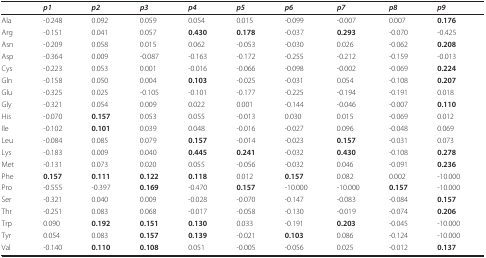
<table><thead><tr><td></td><td><b><i>p1</i></b></td><td><b><i>p2</i></b></td><td><b><i>p3</i></b></td><td><b><i>p4</i></b></td><td><b><i>p5</i></b></td><td><b><i>p6</i></b></td><td><b><i>p7</i></b></td><td><b><i>p8</i></b></td><td><b><i>p9</i></b></td></tr></thead><tbody><tr><td>Ala</td><td>-0.248</td><td>0.092</td><td>0.059</td><td>0.054</td><td>0.015</td><td>-0.099</td><td>-0.007</td><td>0.007</td><td><b>0.176</b></td></tr><tr><td>Arg</td><td>-0.151</td><td>0.041</td><td>0.057</td><td><b>0.430</b></td><td><b>0.178</b></td><td>-0.037</td><td><b>0.293</b></td><td>-0.070</td><td>-0.425</td></tr><tr><td>Asn</td><td>-0.209</td><td>0.058</td><td>0.015</td><td>0.062</td><td>-0.053</td><td>-0.030</td><td>0.026</td><td>-0.062</td><td><b>0.208</b></td></tr><tr><td>Asp</td><td>-0.364</td><td>0.009</td><td>-0.087</td><td>-0.163</td><td>-0.172</td><td>-0.255</td><td>-0.212</td><td>-0.159</td><td>-0.013</td></tr><tr><td>Cys</td><td>-0.223</td><td>0.053</td><td>0.001</td><td>-0.016</td><td>-0.066</td><td>-0.098</td><td>-0.002</td><td>-0.069</td><td><b>0.224</b></td></tr><tr><td>Gln</td><td>-0.158</td><td>0.050</td><td>0.004</td><td><b>0.103</b></td><td>-0.025</td><td>-0.031</td><td>0.054</td><td>-0.108</td><td><b>0.207</b></td></tr><tr><td>Glu</td><td>-0.325</td><td>0.025</td><td>-0.105</td><td>-0.101</td><td>-0.177</td><td>-0.225</td><td>-0.194</td><td>-0.191</td><td>0.018</td></tr><tr><td>Gly</td><td>-0.321</td><td>0.054</td><td>0.009</td><td>0.022</td><td>0.001</td><td>-0.144</td><td>-0.046</td><td>-0.007</td><td><b>0.110</b></td></tr><tr><td>His</td><td>-0.070</td><td><b>0.157</b></td><td>0.053</td><td>0.055</td><td>-0.013</td><td>0.030</td><td>0.015</td><td>-0.069</td><td>0.012</td></tr><tr><td>Ile</td><td>-0.102</td><td><b>0.101</b></td><td>0.039</td><td>0.048</td><td>-0.016</td><td>-0.027</td><td>0.096</td><td>-0.048</td><td>0.069</td></tr><tr><td>Leu</td><td>-0.084</td><td>0.085</td><td>0.079</td><td><b>0.157</b></td><td>-0.014</td><td>-0.023</td><td><b>0.157</b></td><td>-0.031</td><td>0.073</td></tr><tr><td>Lys</td><td>-0.183</td><td>0.009</td><td>0.040</td><td><b>0.445</b></td><td><b>0.241</b></td><td>-0.032</td><td><b>0.430</b></td><td>-0.108</td><td><b>0.278</b></td></tr><tr><td>Met</td><td>-0.131</td><td>0.073</td><td>0.020</td><td>0.055</td><td>-0.056</td><td>-0.032</td><td>0.046</td><td>-0.091</td><td><b>0.236</b></td></tr><tr><td>Phe</td><td><b>0.157</b></td><td><b>0.111</b></td><td><b>0.122</b></td><td><b>0.118</b></td><td>0.012</td><td><b>0.157</b></td><td>0.082</td><td>0.002</td><td>-10.000</td></tr><tr><td>Pro</td><td>-0.555</td><td>-0.397</td><td><b>0.169</b></td><td>-0.470</td><td><b>0.157</b></td><td>-10.000</td><td>-10.000</td><td><b>0.157</b></td><td>-10.000</td></tr><tr><td>Ser</td><td>-0.321</td><td>0.040</td><td>0.009</td><td>-0.028</td><td>-0.070</td><td>-0.147</td><td>-0.083</td><td>-0.084</td><td><b>0.157</b></td></tr><tr><td>Thr</td><td>-0.251</td><td>0.083</td><td>0.068</td><td>-0.017</td><td>-0.058</td><td>-0.130</td><td>-0.019</td><td>-0.074</td><td><b>0.206</b></td></tr><tr><td>Trp</td><td>0.090</td><td><b>0.192</b></td><td><b>0.151</b></td><td><b>0.130</b></td><td>0.033</td><td>-0.191</td><td><b>0.203</b></td><td>-0.045</td><td>-10.000</td></tr><tr><td>Tyr</td><td>0.054</td><td>0.083</td><td><b>0.157</b></td><td><b>0.139</b></td><td>-0.021</td><td><b>0.103</b></td><td>0.086</td><td>-0.124</td><td>-10.000</td></tr><tr><td>Val</td><td>-0.140</td><td><b>0.110</b></td><td><b>0.108</b></td><td>0.051</td><td>-0.005</td><td>-0.056</td><td>0.025</td><td>-0.012</td><td><b>0.137</b></td></tr></tbody></table>